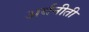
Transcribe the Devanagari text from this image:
अर्थनीती